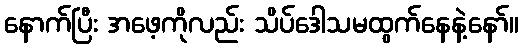
နောက်ပြီး အဖေ့ကိုလည်း သိပ်ဒေါသမထွက်နေနဲ့နော်။